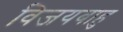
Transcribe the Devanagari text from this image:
विजयबाहु